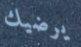
يرضيك